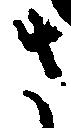
さ